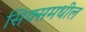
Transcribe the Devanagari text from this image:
सिक्समधील